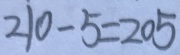
2 1 0 - 5 = 2 0 5